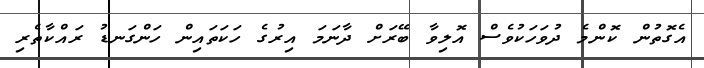
އެގޮތުން ކޮންމެ ދުވަހަކުވެސް އޮލިވާ ބޭރަށް ދާނަމަ އިރުގެ ހަކަތައިން ހަންގަނޑު ރައްކާތެރި